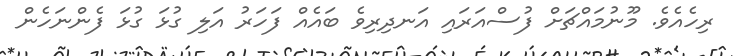
ރިހެއެވެ. މޫނުމައްޗަށް ފުސްއަރައި އަނދިރިވެ ބައެއް ފަހަރު އަލި ގުޅަ ގުޅަ ފެންނަހެން